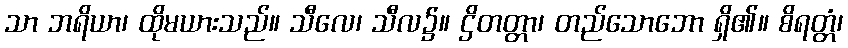
သာ ဘရိယာ၊ ထိုမယားသည်။ သီလေ၊ သီလ၌။ ဌိတတ္တာ၊ တည်သောဘော ရှိ၏။ စိရတ္တံ၊